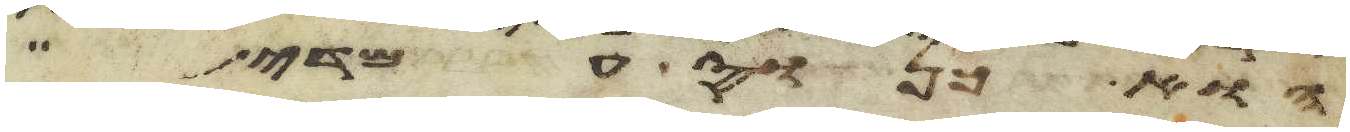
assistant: הוא כנוס עמדי